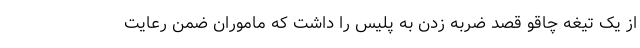
از یک تیغه چاقو قصد ضربه زدن به پلیس را داشت که ماموران ضمن رعایت